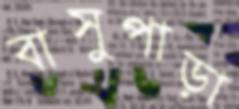
বাসুপাড়া